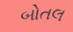
બોતલ